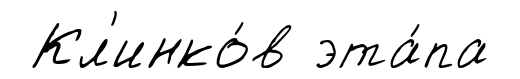
Кл'инко́в эта́па